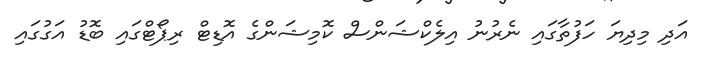
އަދި މިދިޔަ ހަފުތާގައި ނެރުނު އިލެކްޝަންސް ކޮމިޝަންގެ އޮޑިޓް ރިޕޯޓްގައި ބޮޑު އަގުގައި